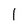
Character: l